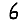
Digit: 6